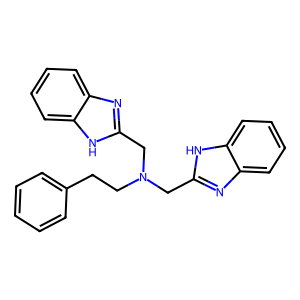
SMILES: c1ccc(CCN(Cc2nc3ccccc3[nH]2)Cc2nc3ccccc3[nH]2)cc1
Inhibits HIV replication: No